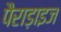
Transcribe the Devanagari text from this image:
पैराड़ाइज